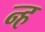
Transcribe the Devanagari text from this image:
न्ह